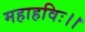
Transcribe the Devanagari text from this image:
महाहविः।।